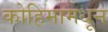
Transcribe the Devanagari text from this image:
कोहिमामधून